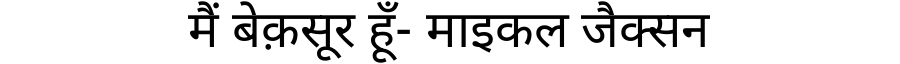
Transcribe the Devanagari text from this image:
मैं बेक़सूर हूँ- माइकल जैक्सन